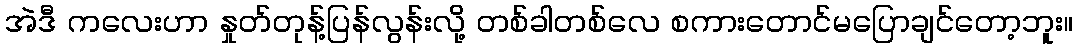
အဲဒီ ကလေးဟာ နှုတ်တုန့်ပြန်လွန်းလို့ တစ်ခါတစ်လေ စကားတောင်မပြောချင်တော့ဘူး။